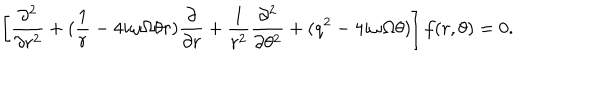
LaTeX: \left[ \frac { \partial ^ { 2 } } { \partial r ^ { 2 } } + ( \frac { 1 } { r } - 4 i \omega \Omega \theta r ) \frac { \partial } { \partial r } + \frac { 1 } { r ^ { 2 } } \frac { \partial ^ { 2 } } { \partial \theta ^ { 2 } } + ( q ^ { 2 } - 4 i \omega \Omega \theta ) \right] f ( r , \theta ) = 0 .